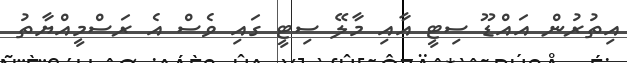
އިތުރުން އައްޑޫ ސިޓީ އާއި މާލޭ ސިޓީ ގައި ވެސް އެ ރަސްމީއްޔާތު